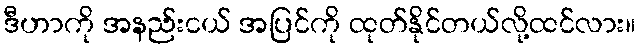
ဒီဟာကို အနည်းငယ် အပြင်ကို ထုတ်နိုင်တယ်လို့ထင်လား။